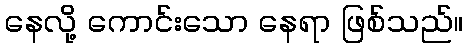
နေလို့ ကောင်းသော နေရာ ဖြစ်သည်။